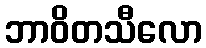
ဘာဝိတသီလော